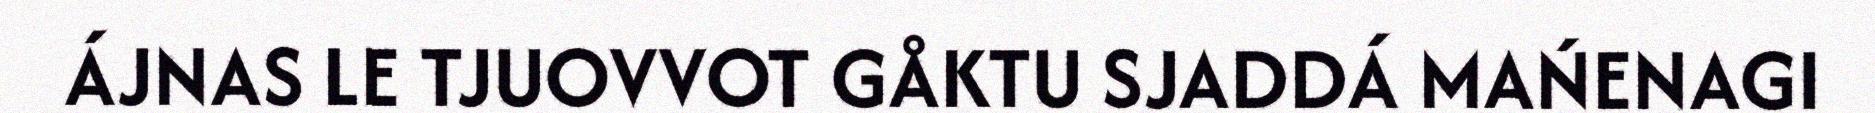
ÁJNAS LE TJUOVVOT GÅKTU SJADDÁ MAŃENAGI